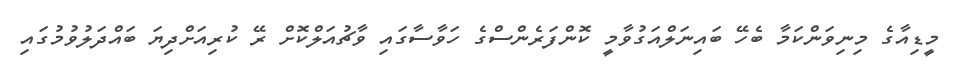
މީޑިއާގެ މިނިވަންކަމާ ބެހޭ ބައިނަލްއަގުވާމީ ކޮންފަރެންސްގެ ހަވާސާގައި ވާޗުއަލްކޮށް ރޭ ކުރިއަށްދިޔަ ބައްދަލުވުމުގައި